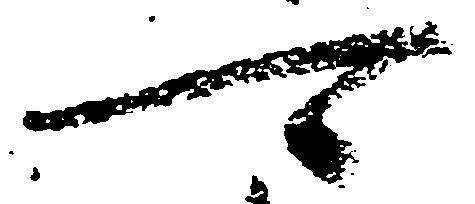
可